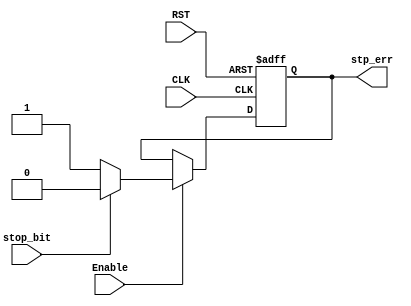
module stp_chk(
  input wire CLK,
  input wire RST,
  input wire Enable,
  input wire stop_bit,
  output reg stp_err
  );

always @(posedge CLK or negedge RST)
begin
  if(!RST)
    stp_err=0;
  else
    begin
      if(Enable)
        begin
          if(stop_bit)
            stp_err='b0;
            else
              stp_err='b1;
          end
      end
end
endmodule